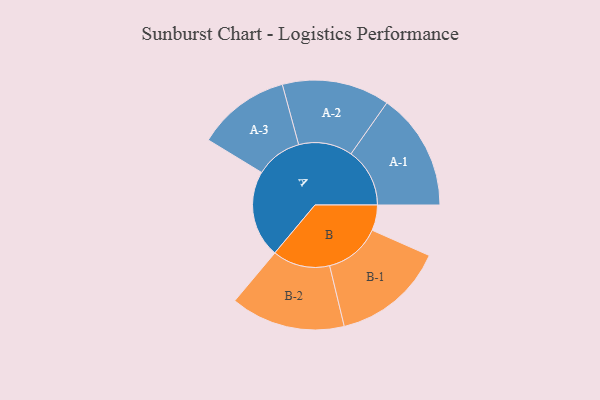
{"axis": {"x": "Segment", "y": "Value"}, "legend": ["", "A", "B"], "data": [{"x": "A", "y": 427, "type": ""}, {"x": "B", "y": 125, "type": ""}, {"x": "A-1", "y": 288, "type": "A"}, {"x": "A-2", "y": 264, "type": "A"}, {"x": "A-3", "y": 228, "type": "A"}, {"x": "B-1", "y": 276, "type": "B"}, {"x": "B-2", "y": 281, "type": "B"}]}